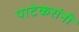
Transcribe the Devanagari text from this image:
पाटेकरांनी